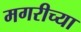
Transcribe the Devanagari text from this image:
मगरीच्या